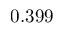
0 . 3 9 9